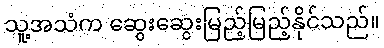
သူ့အသံက ဆွေးဆွေးမြည့်မြည့်နိုင်သည်။